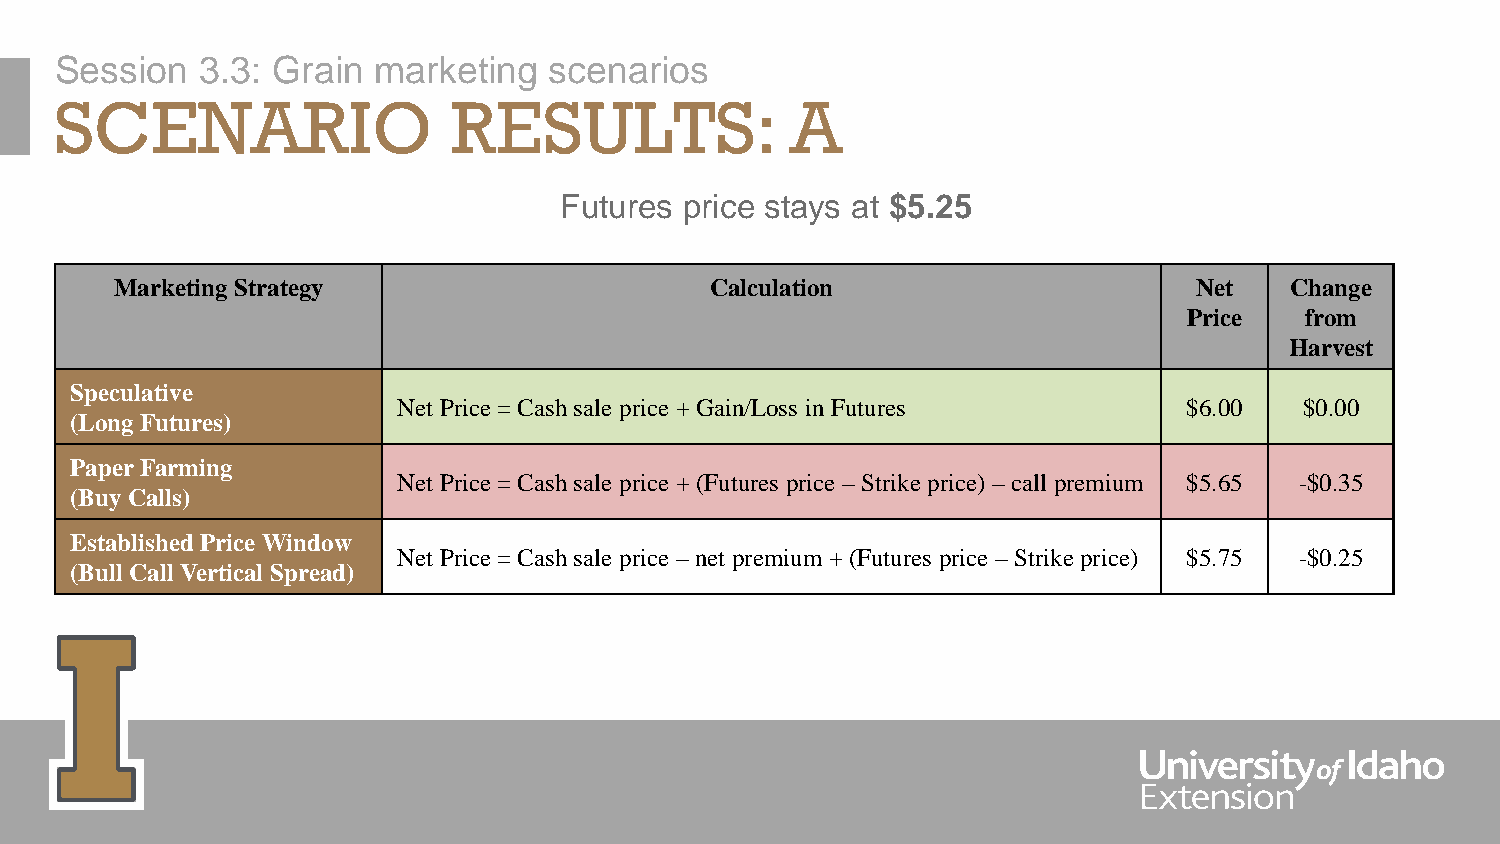
Session  3.3: Grain  marketing  scenarios
 SCENARIO                  RESULTS:              A
 Futures price stays at $5.25
 Marketing Strategy                     Calculation                     Net   Change
 Price  from
 Harvest
 Speculative
 Net Price = Cash sale price + Gain/Loss in Futures   $6.00  $0.00
 (Long Futures)
 Paper Farming
 Net Price = Cash sale price + (Futures price –Strike price) –call premium $5.65 -$0.35
 (Buy Calls)
 Established Price Window
 Net Price = Cash sale price –net premium + (Futures price –Strike price) $5.75 -$0.25
 (Bull Call Vertical Spread)